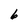
Character: 6